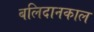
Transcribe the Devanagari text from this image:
बलिदानकाल